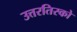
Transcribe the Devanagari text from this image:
उत्तरतिरको